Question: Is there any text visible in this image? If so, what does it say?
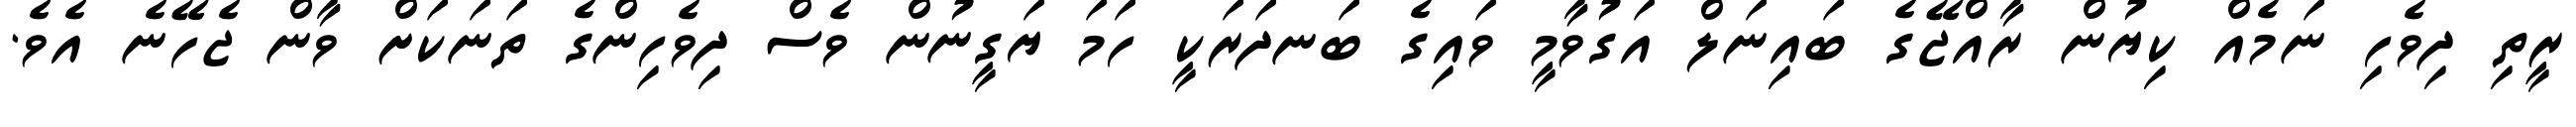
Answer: ރީތި ދިވެހި ނަމެއް ކިޔުން ރާއްޖޭގެ ބައިނަލް އަގުވާމީ ވައިގެ ބަނދަރަކީ ހަމަ ޔަގީނުން ވެސް ދިވެހިންގެ ތަނަކަށް ވާން ޖެހޭނެ އެވެ.